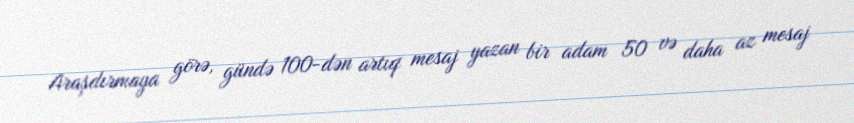
Araşdırmaya görə, gündə 100-dən artıq mesaj yazan bir adam 50 və daha az mesaj